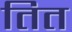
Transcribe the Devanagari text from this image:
तित